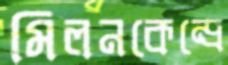
মিলনকেন্দ্রে